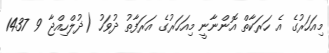
މިއަހަރުގެ އެ ހަރަކާތް އޮންނާނީ މިއަހަރުގެ އަރަފާތު ދުވަހު (ޛުލްހިއްޖާ 9 1437